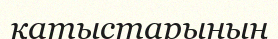
қатыстарының